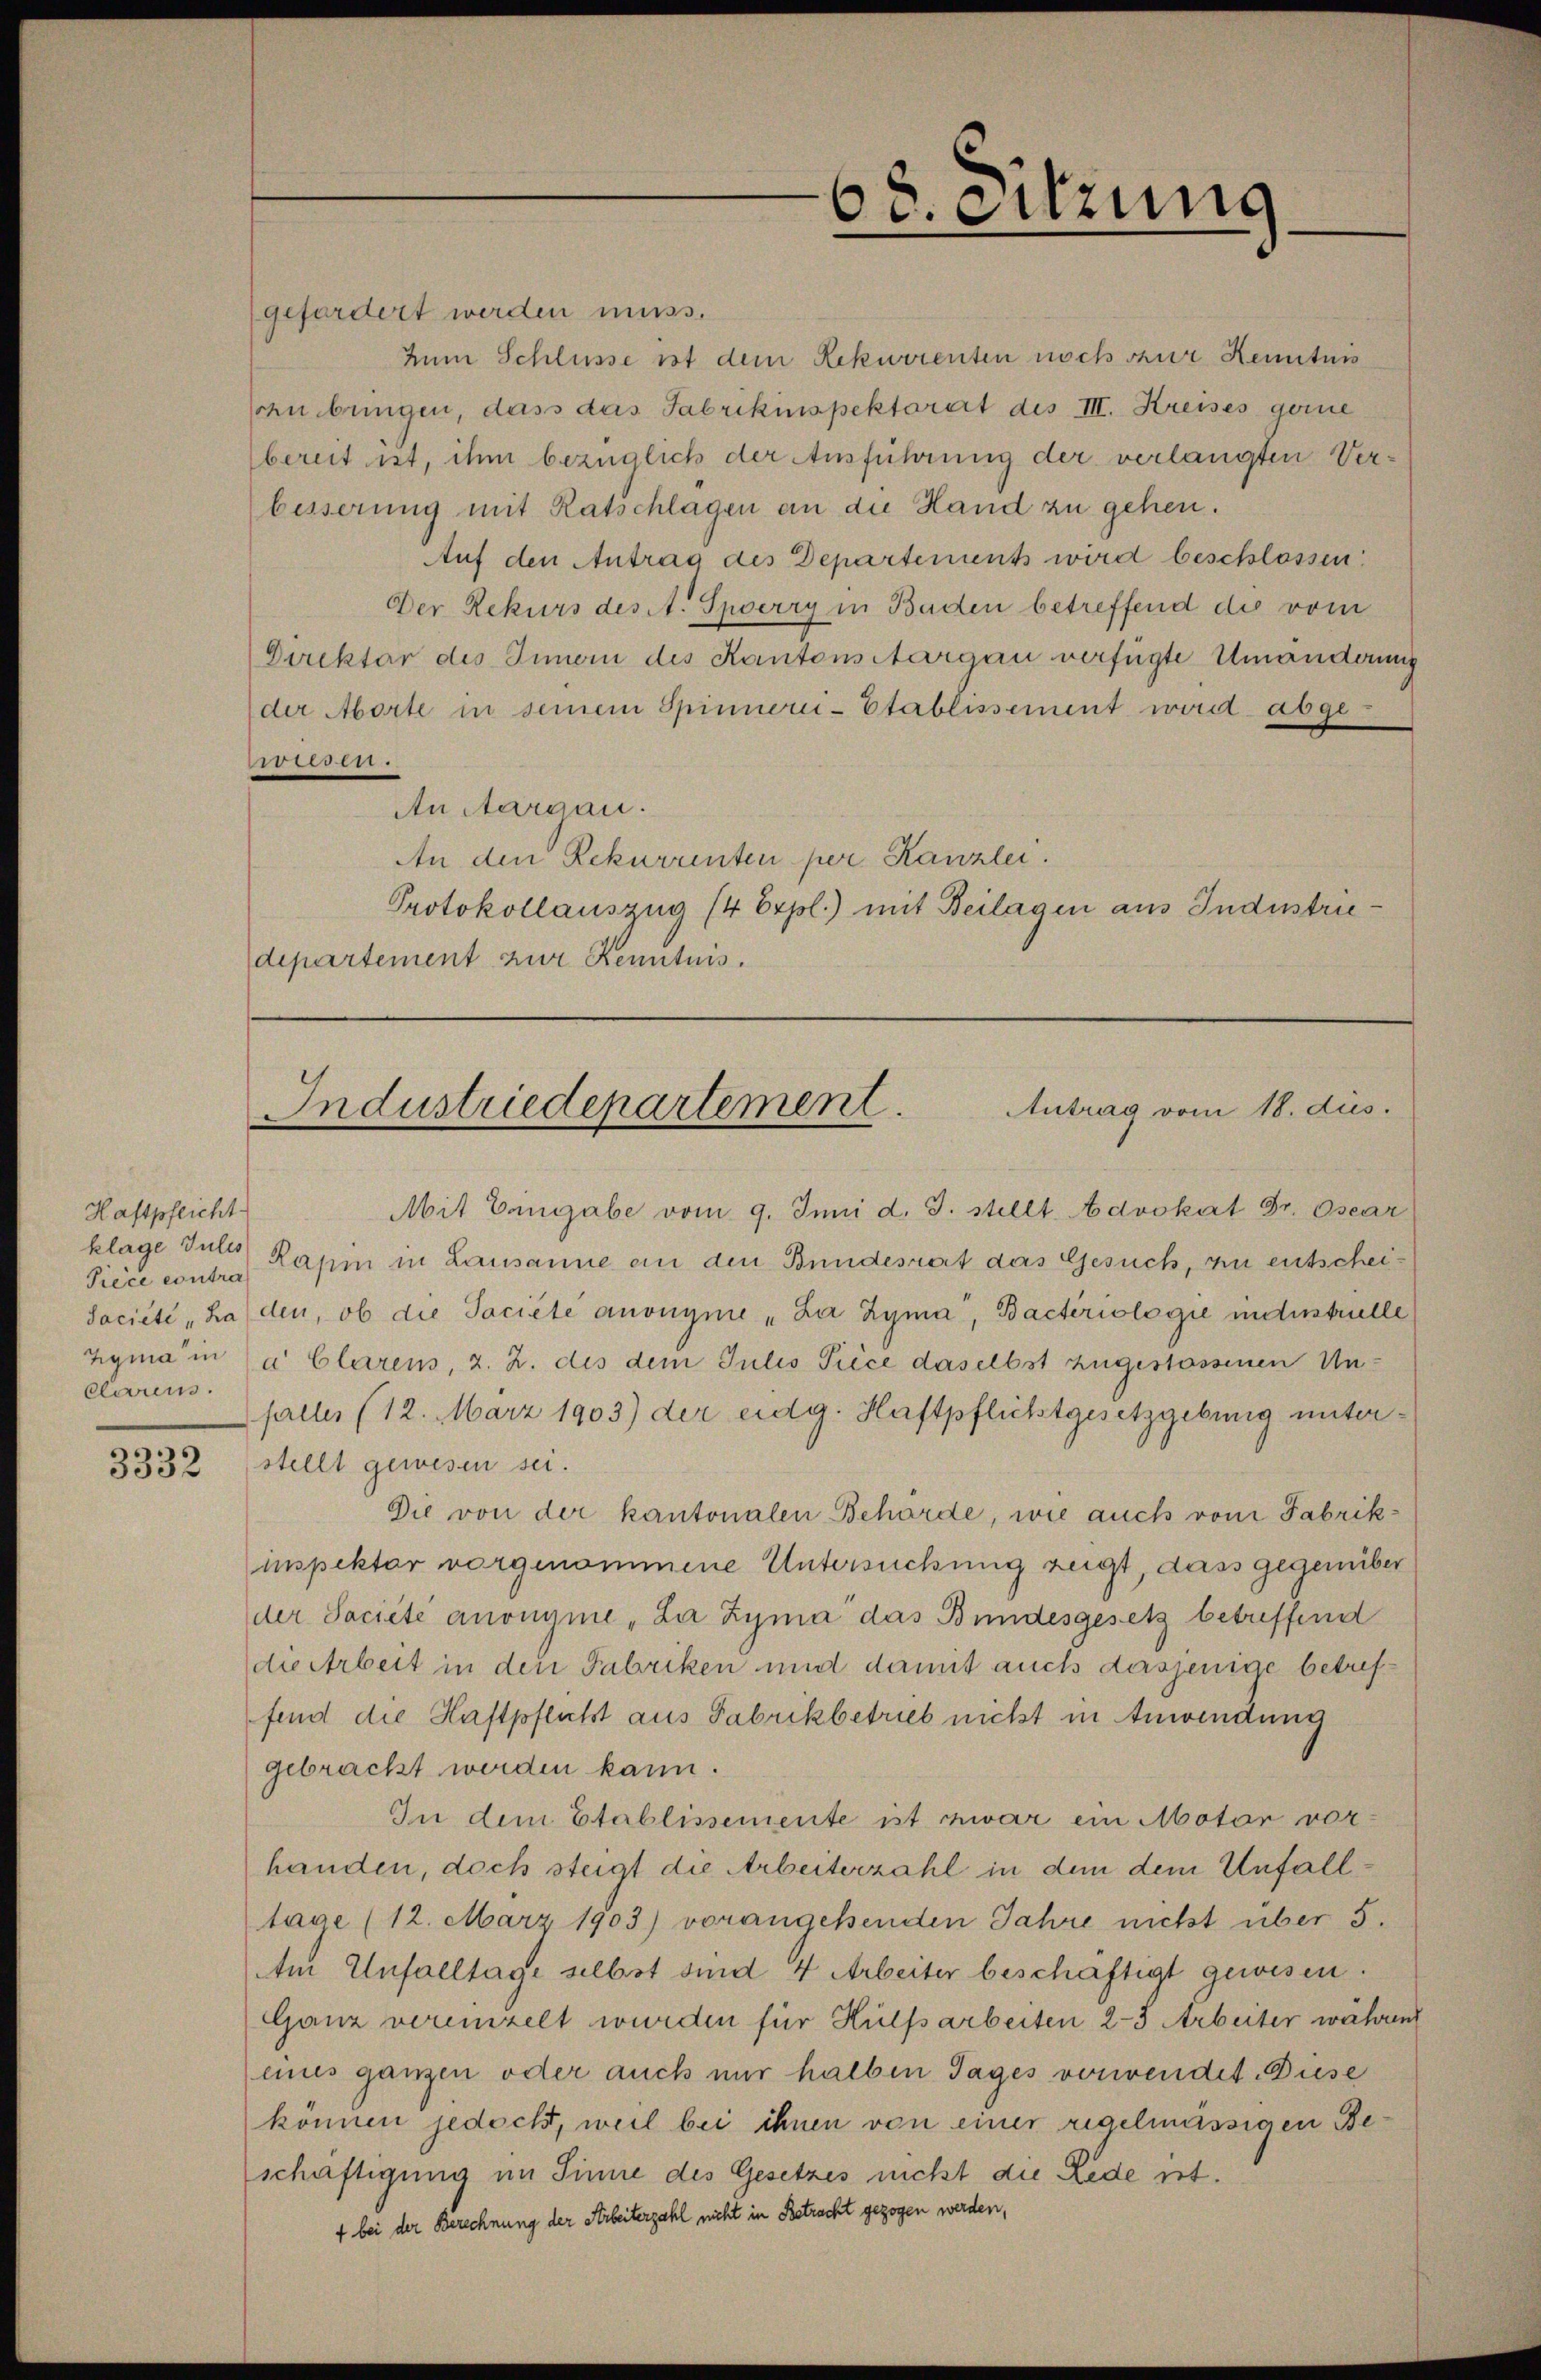
Haftpflicht
Piece contra
Carus.

3332

gefordert werden muss.
Zum Schlüsse ist dem Rekurrenten noch zur Kenntnis
sohn bringen, dass das Fabrikinspektorat des III. Kreises gerne
bereit ist, ihm bezüglich der Ausführung der verlangten Verbesserung mit Ratschlagen an die Hand zu gehen.
Auf den Antrag des Departement wird beschlossen.
Der Rekurs des A. Spoerry in Baden betreffend die vom
Direktor des Innern des Kantons Aargau verfügte Umänderung
der Aborte in seinem Spinnern-Etablissement wird abgewurm.
An Aargau.
An den Rekurrenten per Kanzlei.
Protokollauszug (4 Expl.) mit Beilagen aus Industriedepartement zur Kenntnis.

Mit Eingabe vom 9. Juni d. J. stellt Advokat Dr. Osear
klage Gutes Kapin in Lausanne an den Bundesrat das Gesuch, zu entschei¬
Société haden, ob die Societe anonyme „La Zyma, Bactériologie unterstrielle
Zyma in Ca Clarens, z. Z. des dem Julis Piece daselbst zugestossenen Unfalles (12. März 1903) der eidg. Haftpflichtgesetzgebung unterstellt gewesen sei.
Die von der kantonalen Behörde, wie auch von Fabrikinspektor vorgenommene Untersuchung zeigt, dass gegenüber
der Saciété anonyme „La Zyma das Bundesgesetz betreffend
die Arbeit in den Fabriken und damit auchs dasjenige betreffend die Haftpflusst aus Fabrikbetrieb nicht in Anwendung
gebrackt werden kann.
In dem Etablissemente ist zwar ein Motor vor-
handen, doch steigt die Arbeiterzahl in dem dem Unfalltage (12. März 1903) vorangehenden Jahre nicht über 5.
Am Unfalltage selbst sind 4 Arbeiter beschäftigt gewesen.
Ganz vereinzelt wurden für Hülfsarbeiten 2-3 Arbeiter währen
eines ganzen oder auch nur halben Tages vorwendet. Duse
können jedoch, weil bei ihnen von einer regelmässigen Beschäftigung im Sinne des Gesetzes nicht die Lede ist.
f bei der Berechnung der Arbeiterzahl nicht in Betracht gezogen werden,

68. Sitzung

Antrag vom 18. dus.
Industriedepartement.